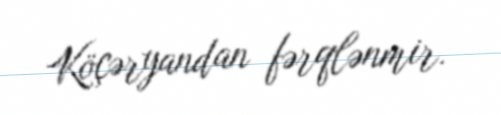
Köçəryandan fərqlənmir.